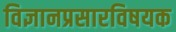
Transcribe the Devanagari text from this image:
विज्ञानप्रसारविषयक